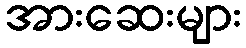
အားဆေးများ